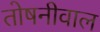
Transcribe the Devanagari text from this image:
तोषनीवाल